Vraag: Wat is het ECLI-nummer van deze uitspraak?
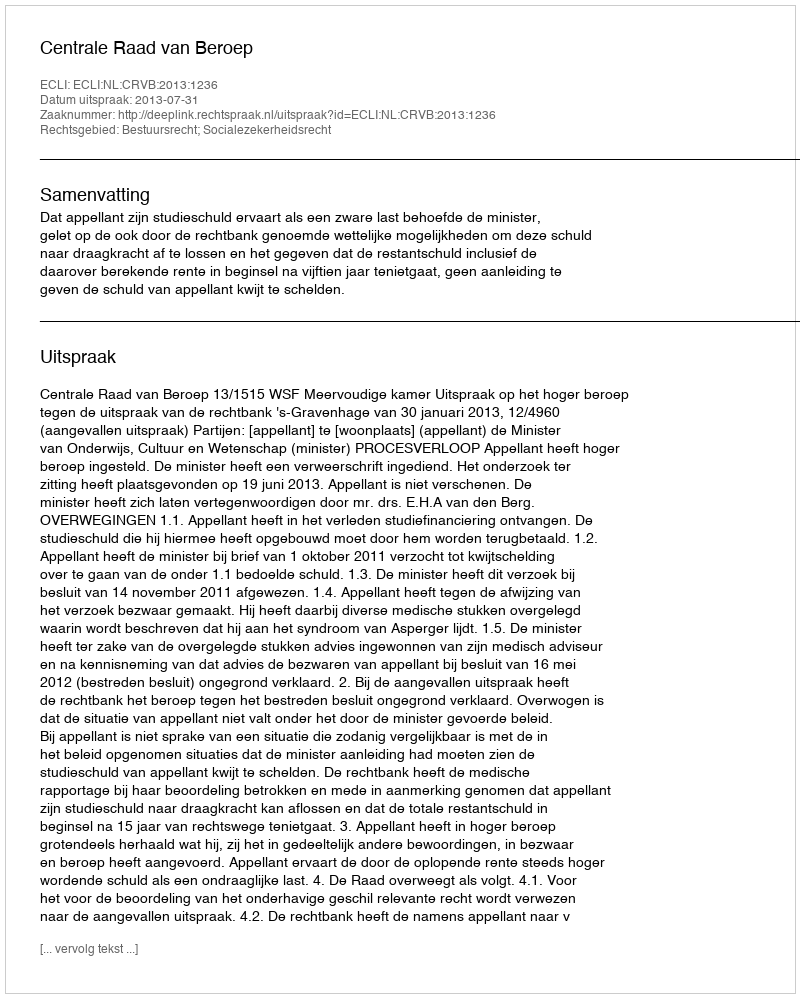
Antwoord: ECLI:NL:CRVB:2013:1236